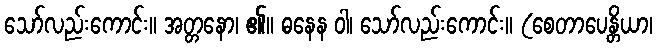
သော်လည်းကောင်း။ အတ္တနော၊ ၏။ ဓနေန ဝါ၊ သော်လည်းကောင်း။ (စေတာပေန္တိယာ၊